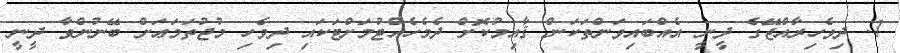
1. ދިވެހިރާއްޖޭގެ ދީނީ އެއްބައިވަންތަކަން ޤާއިމުކޮށް ދެމެހެއްޓުމަށްޓަކައި ދިވެހި މުޖުތަމަޢަށް ބޭނުންވާ ދީނީ